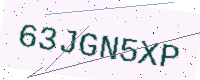
Text: 63JGN5XP